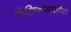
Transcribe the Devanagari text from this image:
शिक्षिकांसाठीचा